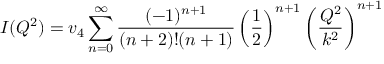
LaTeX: I ( Q ^ { 2 } ) = v _ { 4 } \sum _ { n = 0 } ^ { \infty } \frac { ( - 1 ) ^ { n + 1 } } { ( n + 2 ) ! ( n + 1 ) } \left( \frac { 1 } { 2 } \right) ^ { n + 1 } \left( \frac { Q ^ { 2 } } { k ^ { 2 } } \right) ^ { n + 1 }